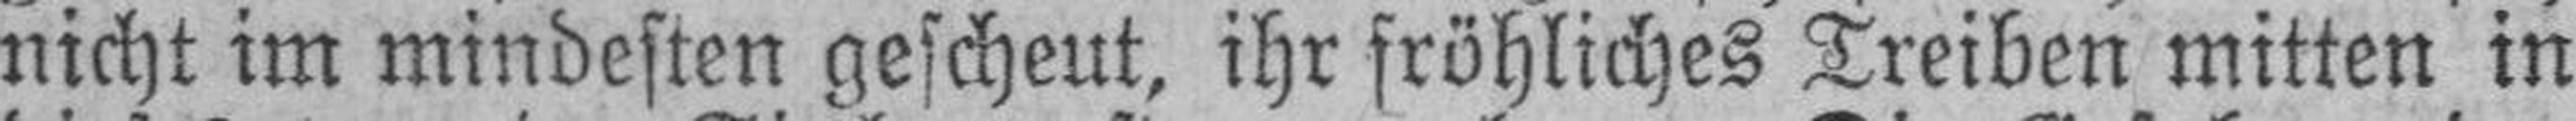
nicht im mindesten gescheut, ihr fröhliches Treiben mitten in